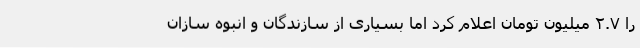
را ۲.۷ میلیون تومان اعلام کرد اما بسیاری از سازندگان و انبوه سازان